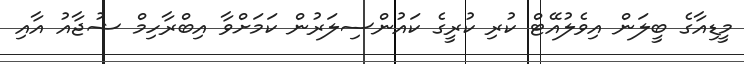
މީޑިއާގެ ބީލަން އިވެލުއޭޓް ކުރި ކުރީގެ ކައުންސިލަރުން ކަމަށްވާ އިބްރާހިމް ޝުޖާއު އާއި